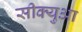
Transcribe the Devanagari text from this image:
सीक्युआ